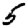
Digit: 5